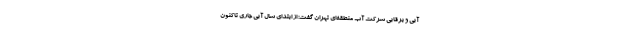
آبی و برقابی شرکت آب منطقه‌ای تهران گفت: از ابتدای سال آبی جاری تاکنون